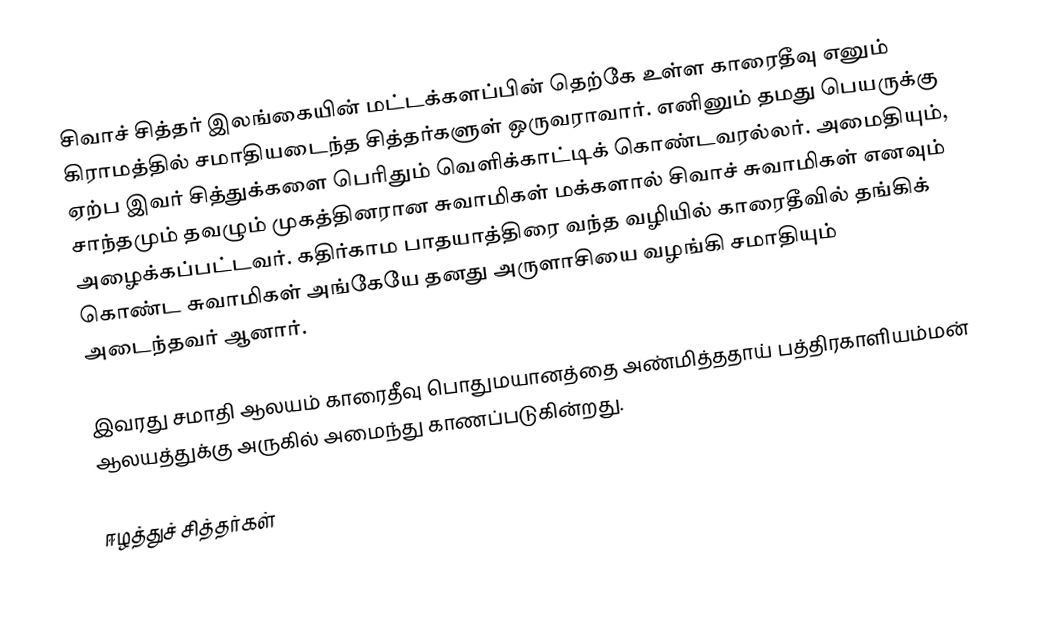
சிவாச் சித்தர் இலங்கையின் மட்டக்களப்பின் தெற்கே உள்ள காரைதீவு எனும் கிராமத்தில் சமாதியடைந்த சித்தர்களுள் ஒருவராவார். எனினும் தமது பெயருக்கு ஏற்ப இவர் சித்துக்களை பெரிதும் வெளிக்காட்டிக் கொண்டவரல்லர். அமைதியும், சாந்தமும் தவழும் முகத்தினரான சுவாமிகள் மக்களால் சிவாச் சுவாமிகள் எனவும் அழைக்கப்பட்டவர். கதிர்காம பாதயாத்திரை வந்த வழியில் காரைதீவில் தங்கிக் கொண்ட சுவாமிகள் அங்கேயே தனது அருளாசியை வழங்கி சமாதியும் அடைந்தவர் ஆனார்.

இவரது சமாதி ஆலயம் காரைதீவு பொதுமயானத்தை அண்மித்ததாய் பத்திரகாளியம்மன் ஆலயத்துக்கு அருகில் அமைந்து காணப்படுகின்றது.

ஈழத்துச் சித்தர்கள்